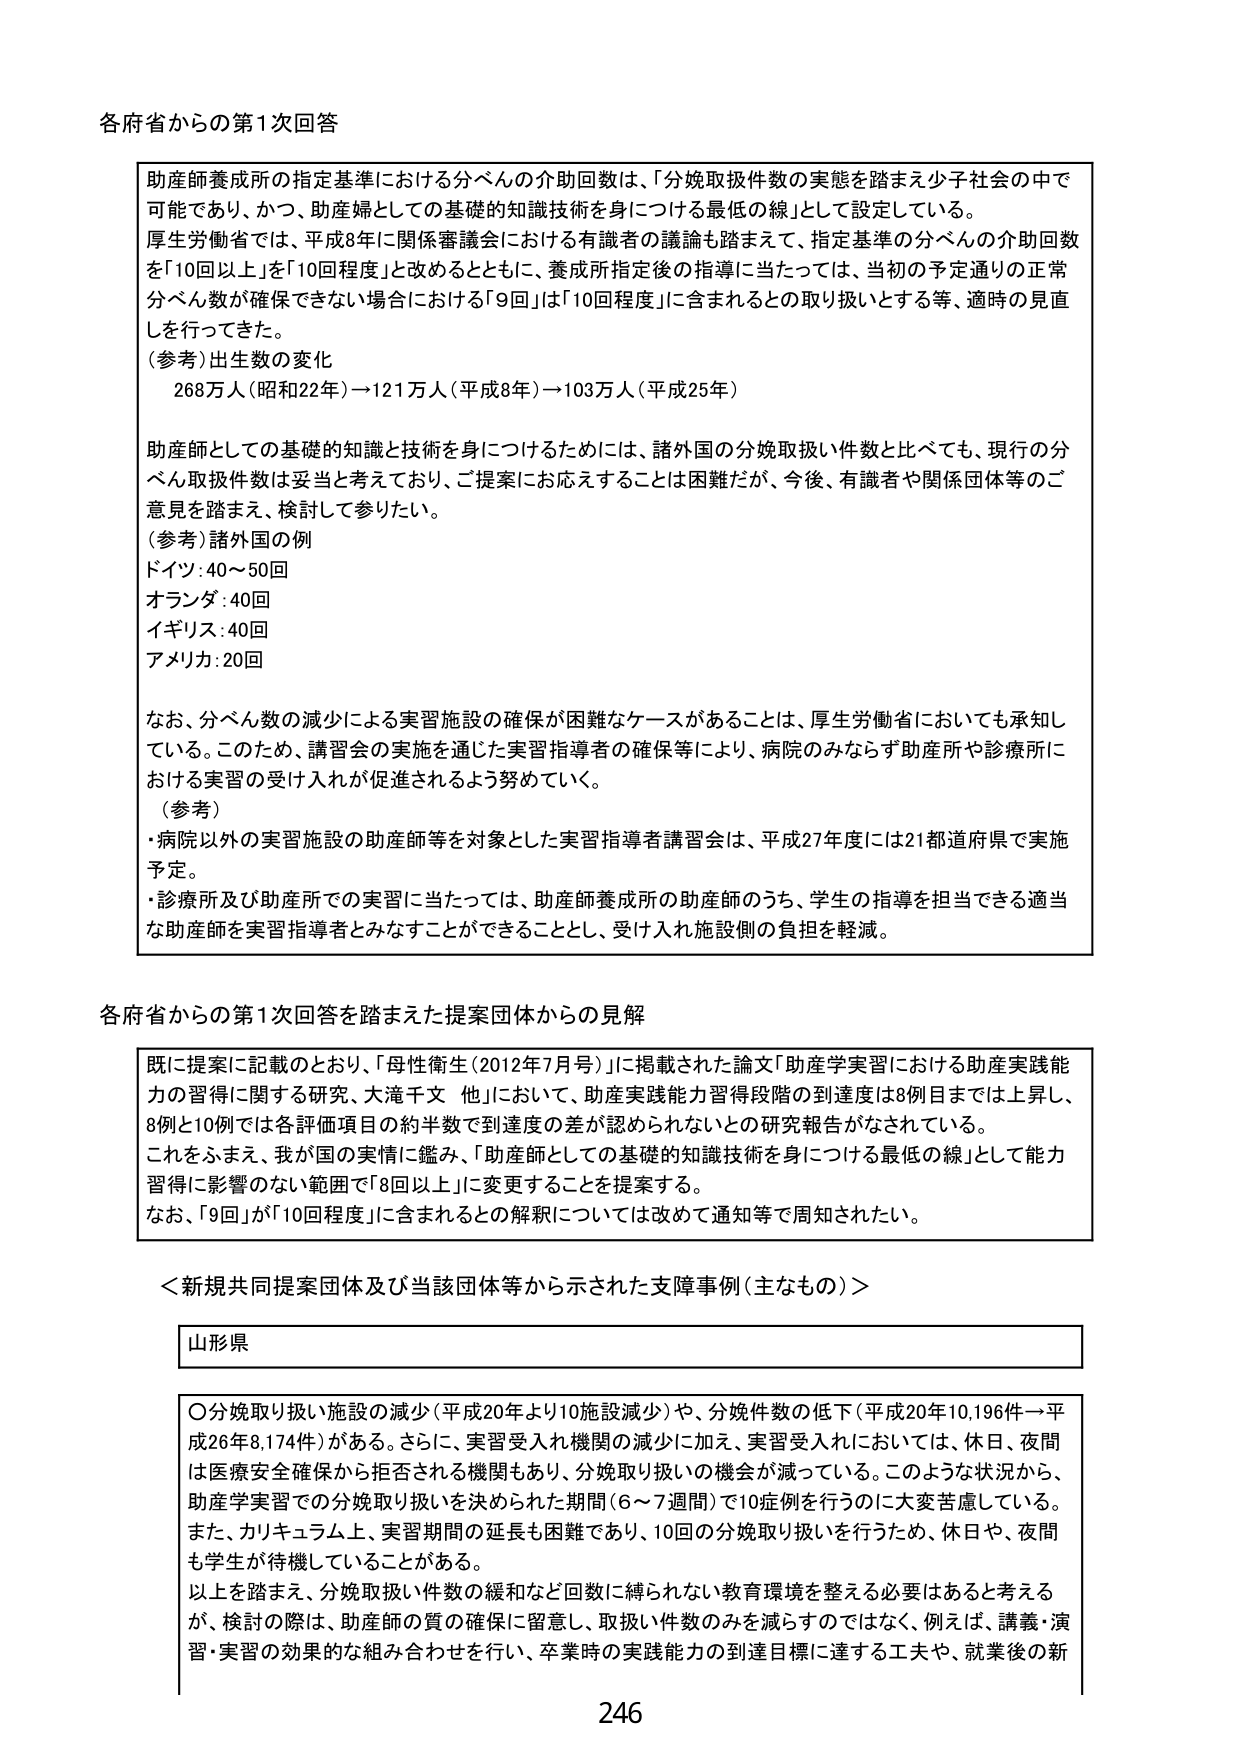
各府省からの第1次回答

助産師養成所の指定基準における分べんの介助回数は、「分娩取扱件数の実態を踏まえ少子社会の中で可能であり、かつ、助産婦としての基礎的知識技術を身につける最低の線」として設定している。
厚生労働省では、平成8年に関係審議会における有識者の議論も踏まえて、指定基準の分べんの介助回数を「10回以上」を「10回程度」と改めるとともに、養成所指定後の指導に当たっては、当初の予定通りの正常分べん数が確保できない場合における「9回」は「10回程度」に含まれるとの取り扱いとする等、適時の見直しを行ってきた。
（参考）出生数の変化
　268万人（昭和22年）→121万人（平成8年）→103万人（平成25年）

助産師としての基礎的知識と技術を身につけるためには、諸外国の分娩取扱い件数と比べても、現行の分べん取扱件数は妥当と考えており、ご提案にお応えすることは困難だが、今後、有識者や関係団体等のご意見を踏まえ、検討して参りたい。
（参考）諸外国の例
　ドイツ：40～50回
　オランダ：40回
　イギリス：40回
　アメリカ：20回

なお、分べん数の減少による実習施設の確保が困難なケースがあることは、厚生労働省においても承知している。このため、講習会の実施を通じた実習指導者の確保等により、病院のみならず助産所や診療所における実習の受け入れが促進されるよう努めていく。
（参考）
・病院以外の実習施設の助産師等を対象とした実習指導者講習会は、平成27年度には21都道府県で実施予定。
・診療所及び助産所での実習に当たっては、助産師養成所の助産師のうち、学生の指導を担当できる適当な助産師を実習指導者とみなすことができることとし、受け入れ施設側の負担を軽減。

各府省からの第1次回答を踏まえた提案団体からの見解

既に提案に記載のとおり、「母性衛生（2012年7月号）」に掲載された論文「助産学実習における助産実践能力の習得に関する研究、大滝千文 他」において、助産実践能力習得段階の到達度は8例目までは上昇し、8例と10例では各評価項目の約半数で到達度の差が認められないとの研究報告がなされている。
これをふまえ、我が国の実情に鑑み、「助産師としての基礎的知識技術を身につける最低の線」として能力習得に影響のない範囲で「8回以上」に変更することを提案する。
なお、「9回」が「10回程度」に含まれるとの解釈については改めて通知等で周知されたい。

＜新規共同提案団体及び当該団体等から示された支障事例（主なもの）＞

山形県

〇分娩取り扱い施設の減少（平成20年より10施設減少）や、分娩件数の低下（平成20年10,196件→平成26年8,174件）がある。さらに、実習受入れ機関の減少に加え、実習受入れにおいては、休日、夜間は医療安全確保から拒否される機関もあり、分娩取り扱いの機会が減っている。このような状況から、助産学実習での分娩取り扱いを決められた期間（6～7週間）で10症例を行うのに大変苦慮している。また、カリキュラム上、実習期間の延長も困難であり、10回の分娩取り扱いを行うため、休日や、夜間も学生が待機していることがある。
以上を踏まえ、分娩取扱い件数の緩和など回数に縛られない教育環境を整える必要はあると考えるが、検討の際は、助産師の質の確保に留意し、取扱い件数のみを減らすのではなく、例えば、講義・演習・実習の効果的な組み合わせを行い、卒業時の実践能力の到達目標に達する工夫や、就業後の新

246